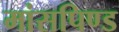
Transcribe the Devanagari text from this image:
मांसपिण्ड